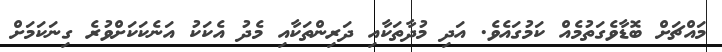
މައްޗަށް ބޮޑާވެގަތުމެއް ކަމުގައެވެ. އަދި މުދާތަކާއި ދަރިންތަކާއި މެދު އެކަކު އަނެކަކަށްވުރެ ގިނަކަމަށް